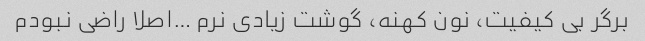
برگر بی کیفیت، نون کهنه، گوشت زیادی نرم …اصلا راضی نبودم